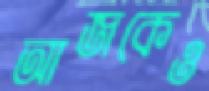
আজকেও